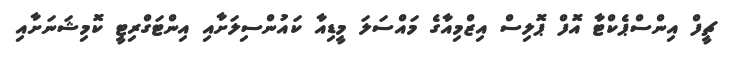
ޗީފް އިންސްޕެކްޓާ އޮފް ޕޮލިސް އިޒްމިއާގެ މައްސަލަ މީޑިއާ ކައުންސިލަށާއި އިންޓަގްރިޓީ ކޮމިޝަނަށާއި